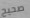
صحيح